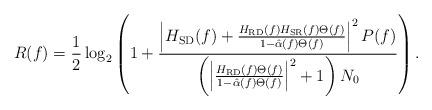
LaTeX: \begin{align*}R(f) = \frac{1}{2}\log_2\left(1+\frac{\left|H_{\rm SD}(f) + \frac{H_{\rm RD}(f)H_{\rm SR}(f)\Theta(f)}{1-\hat\alpha(f)\Theta(f)}\right|^2P(f)}{\left(\left|\frac{H_{\rm RD}(f)\Theta(f)}{1-\hat\alpha(f)\Theta(f)}\right|^2 + 1\right)N_0}\right).\end{align*}